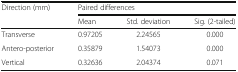
<table><thead><tr><td rowspan="2"><b>Direction (mm)</b></td><td colspan="3"><b>Paired differences</b></td></tr><tr><td><b>Mean</b></td><td><b>Std. deviation</b></td><td><b>Sig. (2-tailed)</b></td></tr></thead><tbody><tr><td>Transverse</td><td>0.97205</td><td>2.24565</td><td>0.000</td></tr><tr><td>Antero-posterior</td><td>0.35879</td><td>1.54073</td><td>0.000</td></tr><tr><td>Vertical</td><td>0.32636</td><td>2.04374</td><td>0.071</td></tr></tbody></table>